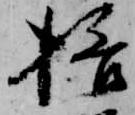
挌